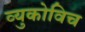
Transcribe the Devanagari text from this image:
व्युकोविच